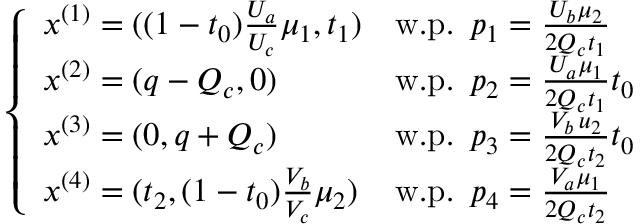
\left\{ \begin{array} { l l } { x ^ { ( 1 ) } = ( ( 1 - t _ { 0 } ) \frac { U _ { a } } { U _ { c } } \mu _ { 1 } , t _ { 1 } ) } & { \mathrm { w . p . ~ } \, p _ { 1 } = \frac { U _ { b } \mu _ { 2 } } { 2 Q _ { c } t _ { 1 } } } \\ { x ^ { ( 2 ) } = ( q - Q _ { c } , 0 ) } & { \mathrm { w . p . ~ } \, p _ { 2 } = \frac { U _ { a } \mu _ { 1 } } { 2 Q _ { c } t _ { 1 } } t _ { 0 } } \\ { x ^ { ( 3 ) } = ( 0 , q + Q _ { c } ) } & { \mathrm { w . p . ~ } \, p _ { 3 } = \frac { V _ { b } \, u _ { 2 } } { 2 Q _ { c } t _ { 2 } } t _ { 0 } } \\ { x ^ { ( 4 ) } = ( t _ { 2 } , ( 1 - t _ { 0 } ) \frac { V _ { b } } { V _ { c } } \mu _ { 2 } ) } & { \mathrm { w . p . ~ } \, p _ { 4 } = \frac { V _ { a } \mu _ { 1 } } { 2 Q _ { c } t _ { 2 } } } \end{array} \right. \; \;